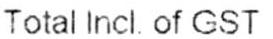
TOTAL INCL OF GST :